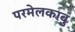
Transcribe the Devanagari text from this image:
परमेलकावु